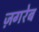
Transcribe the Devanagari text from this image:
ज़गरेब